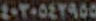
٤٠٢٠٥٤٢٩٥٥